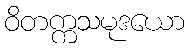
ဝိတက္ကသမုဒယော